Reports on military cantonments and civil stations in the Presidency of Bombay inspected by the Sanitary Commissioner in the years 1875 and 1876
Year: 1875
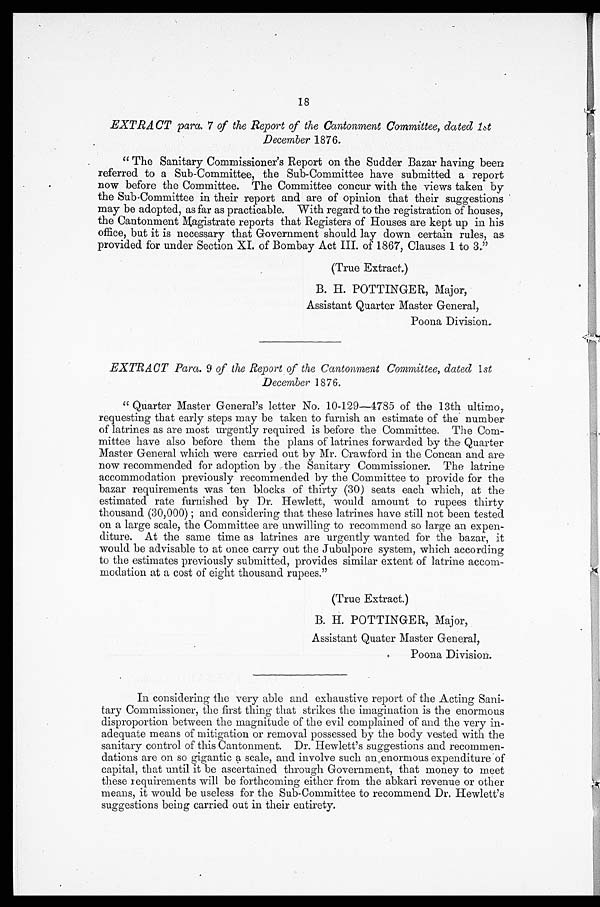
18
EXTRACT para. 7 of the Report of the Cantonment Committee, dated 1st
December 1876.
" The Sanitary Commissioner's Report on the Sudder Bazar having been
referred to a Sub-Committee, the Sub-Committee have submitted a report
now before the Committee. The Committee concur with the views taken by
the Sub-Committee in their report and are of opinion that their suggestions
may be adopted, as far as practicable. With regard to the registration of houses,
the Cantonment Magistrate reports that Registers of Houses are kept up in his
office, but it is necessary that Government should lay down certain rules, as
provided for under Section XI. of Bombay Act III. of 1867, Clauses 1 to 3."
(True Extract.)
B. H. POTTINGER, Major,
Assistant Quarter Master General,
Poona Division.
EXTRACT Para. 9 of the Report of the Cantonment Committee, dated 1st
December 1876.
" Quarter Master General's letter No. 10-129-4785 of the 13th ultimo,
requesting that early steps may be taken to furnish an estimate of the number
of latrines as are most urgently required is before the Committee. The Com-
mittee have also before them the plans of latrines forwarded by the Quarter
Master General which were carried out by Mr. Crawford in the Concan and are
now recommended for adoption by the Sanitary Commissioner. The latrine
accommodation previously recommended by the Committee to provide for the
bazar requirements was ten blocks of thirty (30) seats each which, at the
estimated rate furnished by Dr. Hewlett, would amount to rupees thirty
t hous and ( 30, 000) ; and cons i der i ng t hat t hes e l at r i nes have s t i l l not been t es t ed
on a large scale, the Committee are unwilling to recommend so large an expen-
diture. At the same time as latrines are urgently wanted for the bazar, it
would be advisable to at once carry out the Jubulpore system, which according
to the estimates previously submitted, provides similar extent of latrine accom-
modation at a cost of eight thousand rupees."
(True Extract.)
B. H. POTTINGER, Major,
Assistant Quater Master General,
Poona Division.
In considering the very able and exhaustive report of the Acting Sani-
tary Commissioner, the first thing that strikes the imagination is the enormous
disproportion between the magnitude of the evil complained of and the very in-
adequate means of mitigation or removal possessed by the body vested with the
sanitary control of this Cantonment. Dr. Hewlett's suggestions and recommen-
dations are on so gigantic a scale, and involve such an enormous expenditure of
capital, that until it be ascertained through Government, that money to meet
these requirements will be forthcoming either from the abkari revenue or other
means, it would be useless for the Sub-Committee to recommend. Dr. Hewlett's
suggestions being carried out in their entirety.